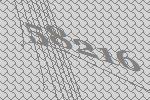
58216